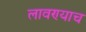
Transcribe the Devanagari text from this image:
लावण्याच